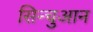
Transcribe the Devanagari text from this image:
सिन्चुआन